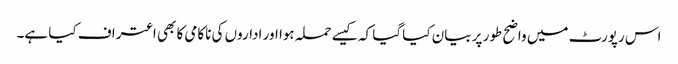
اس رپورٹ میں واضح طور پر بیان کیا گیا کہ کیسے حملہ ہوا اور اداروں کی ناکامی کا بھی اعتراف کیا ہے۔